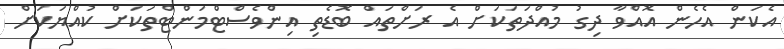
އެކަން އެހެން އޮއްވާ ދިގު މުއްދަތަކަށް އެ ރަށްތައް ބޮޑެތި އިންވެސްޓްމަންޓްތަކަށް ކުއްޔަކަށް